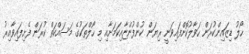
ހޯލު ޑިޒައިންކުރަން ހަވާލުކޮށްފައިވަނީ ރިޔަން ކުންފުންޏާއިކަމަށާއި މި ހޯލްތަކުގެ މަސައްކަތް ކުރަން ފެށިފައިވާއިރު